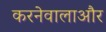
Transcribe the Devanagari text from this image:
करनेवालाऔर